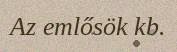
Az emlősök kb.